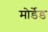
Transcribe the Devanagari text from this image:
मोर्डेड